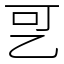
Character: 㐓